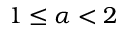
1 \le \alpha < 2